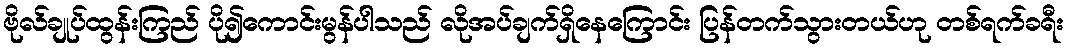
ဗိုလ်ချုပ်ထွန်းကြည် ပို၍ကောင်းမွန်ပါသည် လိုအပ်ချက်ရှိနေကြောင်း ပြန်တက်သွားတယ်ဟု တစ်ရက်ခရီး